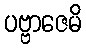
ပဗ္ဗာဇေမိ